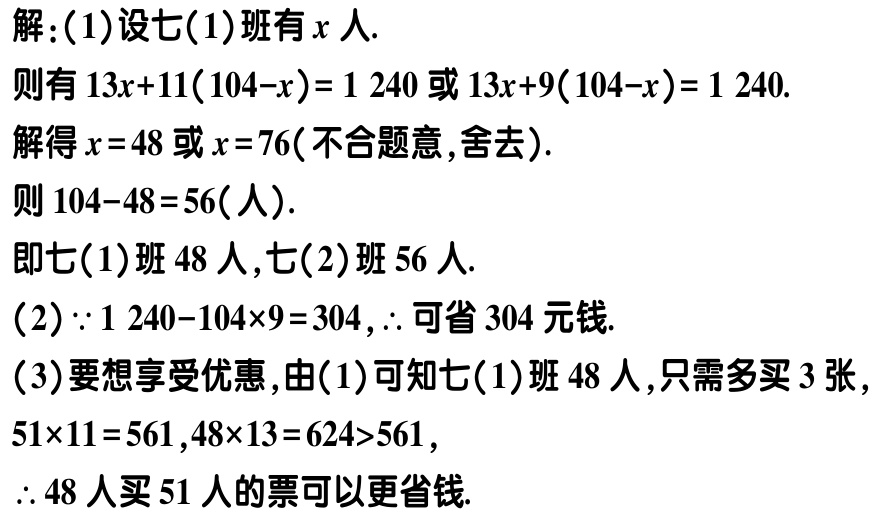
解：(1)设七(1)班有\(x\)人.

则有\(13x + 11(104 - x) = 1240\)或\(13x + 9(104 - x) = 1240\).

解得\(x = 48\)或\(x = 76\)(不合题意,舍去).

则\(104 - 48 = 56\)(人).

即七(1)班\(48\)人,七(2)班\(56\)人.

(2)\(\because1240 - 104\times9 = 304\),\(\therefore\)可省\(304\)元钱.

(3)要想享受优惠,由(1)可知七(1)班\(48\)人,只需多买\(3\)张,

\(51\times11 = 561\),\(48\times13 = 624>561\),

\(\therefore48\)人买\(51\)人的票可以更省钱.